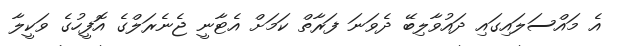
އެ މައްސަލައިގައި ދައުވާލިބޭ ދެވަނަ ފަރާތް ކަމަށް އެޓާނީ ޖެނެރަލްގެ އޮފީހުގެ ވަކީލާ